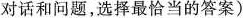
对话和问题，选择最恰当的答案)